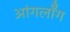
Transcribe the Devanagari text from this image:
आंगलॉँग